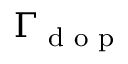
\Gamma _ { \textrm { d o p } }